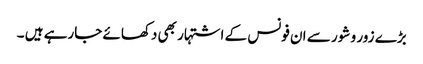
بڑے زور و شور سے ان فونس کے اشتہار بھی دکھائے جارہے ہیں ۔